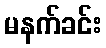
မနက်ခင်း